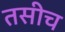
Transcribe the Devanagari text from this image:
तसीच